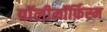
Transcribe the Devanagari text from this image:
पॉलीमॉर्फ़िस्म